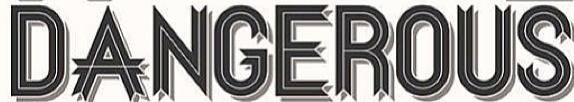
DANGEROUS